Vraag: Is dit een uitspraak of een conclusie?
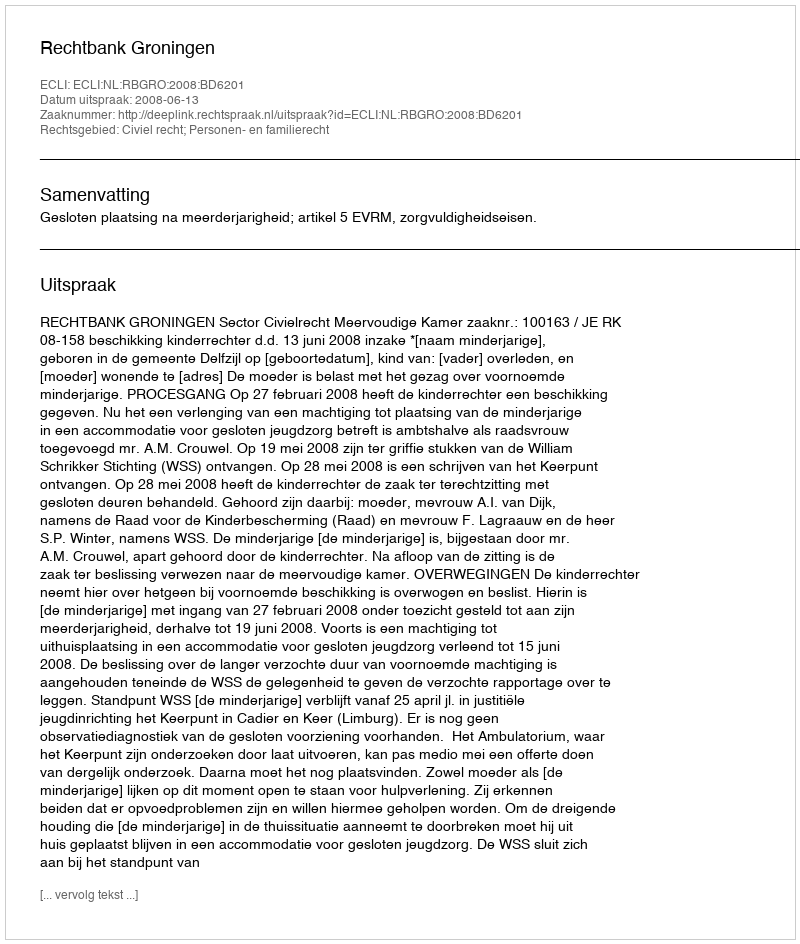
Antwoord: Uitspraak